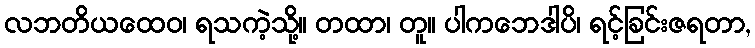
လဘတိယထေဝ၊ ရသကဲ့သို့။ တထာ၊ တူ။ ပါကဘေဒါပိ၊ ရင့်ခြင်းဇရတာ,